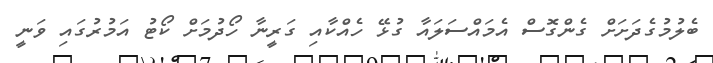
ބެލުމުގެދަށަށް ގެންގޮސް އެމައްސަލައާ ގުޅޭ ހެއްކާއި ގަރީނާ ހޯދުމަށް ކޯޓު އަމުރުގައި ވަނީ